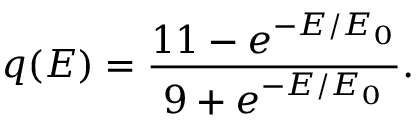
q ( E ) = \frac { 1 1 - e ^ { - E / E _ { 0 } } } { 9 + e ^ { - E / E _ { 0 } } } .